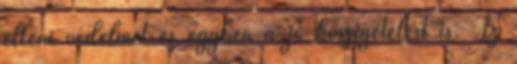
elleni védelmet és egyben a jó hőszigetelést is. Az